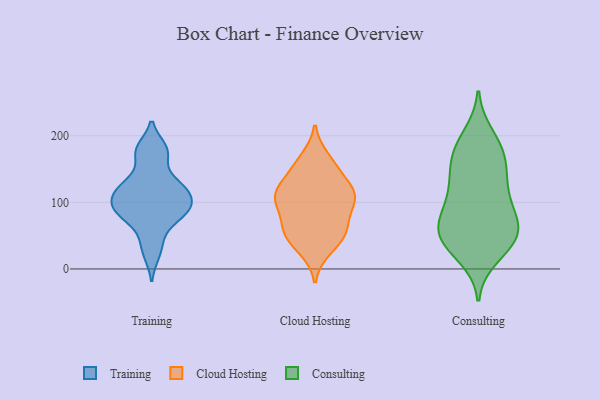
{"axis": {"x": "Gross Profit (USD K)", "y": "Value"}, "legend": ["Cloud Hosting", "Consulting", "Training"], "data": [{"x": "", "y": 180, "type": "Training"}, {"x": "", "y": 99, "type": "Training"}, {"x": "", "y": 170, "type": "Training"}, {"x": "", "y": 99, "type": "Training"}, {"x": "", "y": 125, "type": "Training"}, {"x": "", "y": 84, "type": "Training"}, {"x": "", "y": 120, "type": "Training"}, {"x": "", "y": 77, "type": "Training"}, {"x": "", "y": 124, "type": "Training"}, {"x": "", "y": 79, "type": "Training"}, {"x": "", "y": 23, "type": "Training"}, {"x": "", "y": 105, "type": "Training"}, {"x": "", "y": 179, "type": "Training"}, {"x": "", "y": 129, "type": "Training"}, {"x": "", "y": 90, "type": "Training"}, {"x": "", "y": 43, "type": "Training"}, {"x": "", "y": 60, "type": "Cloud Hosting"}, {"x": "", "y": 40, "type": "Cloud Hosting"}, {"x": "", "y": 150, "type": "Cloud Hosting"}, {"x": "", "y": 57, "type": "Cloud Hosting"}, {"x": "", "y": 120, "type": "Cloud Hosting"}, {"x": "", "y": 98, "type": "Cloud Hosting"}, {"x": "", "y": 30, "type": "Cloud Hosting"}, {"x": "", "y": 62, "type": "Cloud Hosting"}, {"x": "", "y": 104, "type": "Cloud Hosting"}, {"x": "", "y": 104, "type": "Cloud Hosting"}, {"x": "", "y": 116, "type": "Cloud Hosting"}, {"x": "", "y": 113, "type": "Cloud Hosting"}, {"x": "", "y": 60, "type": "Cloud Hosting"}, {"x": "", "y": 108, "type": "Cloud Hosting"}, {"x": "", "y": 165, "type": "Cloud Hosting"}, {"x": "", "y": 153, "type": "Cloud Hosting"}, {"x": "", "y": 46, "type": "Consulting"}, {"x": "", "y": 45, "type": "Consulting"}, {"x": "", "y": 19, "type": "Consulting"}, {"x": "", "y": 121, "type": "Consulting"}, {"x": "", "y": 161, "type": "Consulting"}, {"x": "", "y": 181, "type": "Consulting"}, {"x": "", "y": 86, "type": "Consulting"}, {"x": "", "y": 111, "type": "Consulting"}, {"x": "", "y": 38, "type": "Consulting"}, {"x": "", "y": 45, "type": "Consulting"}, {"x": "", "y": 67, "type": "Consulting"}, {"x": "", "y": 43, "type": "Consulting"}, {"x": "", "y": 75, "type": "Consulting"}, {"x": "", "y": 185, "type": "Consulting"}, {"x": "", "y": 200, "type": "Consulting"}, {"x": "", "y": 167, "type": "Consulting"}, {"x": "", "y": 141, "type": "Consulting"}, {"x": "", "y": 135, "type": "Consulting"}, {"x": "", "y": 88, "type": "Consulting"}, {"x": "", "y": 63, "type": "Consulting"}]}